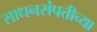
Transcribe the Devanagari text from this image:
साधनसंपत्तीच्या